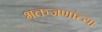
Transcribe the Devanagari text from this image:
भक्तजणांच्या